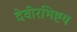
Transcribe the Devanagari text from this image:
देवीरभिष्टय